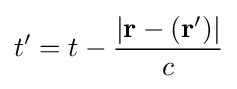
t'=t-{\frac {|\mathbf {r} -(\mathbf {r} ')|}{c}}